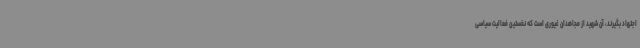
اجتهاد بگیرند، آن شهید از مجاهدان غیوری است که نخستین فعالیت سیاسی